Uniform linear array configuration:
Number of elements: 8
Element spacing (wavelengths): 1
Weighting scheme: kaiser
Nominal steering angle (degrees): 0
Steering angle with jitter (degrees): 0.5926
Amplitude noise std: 0.05
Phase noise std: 0.05

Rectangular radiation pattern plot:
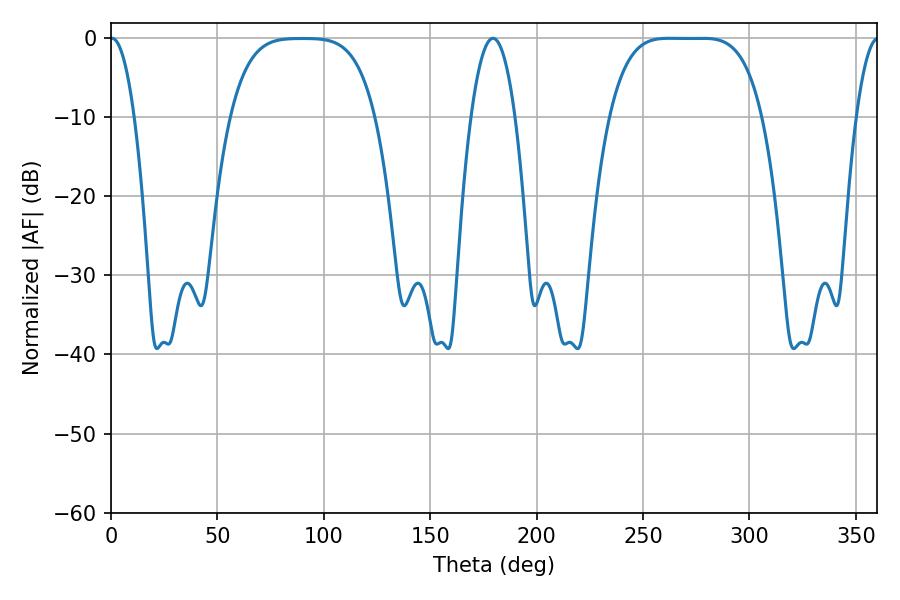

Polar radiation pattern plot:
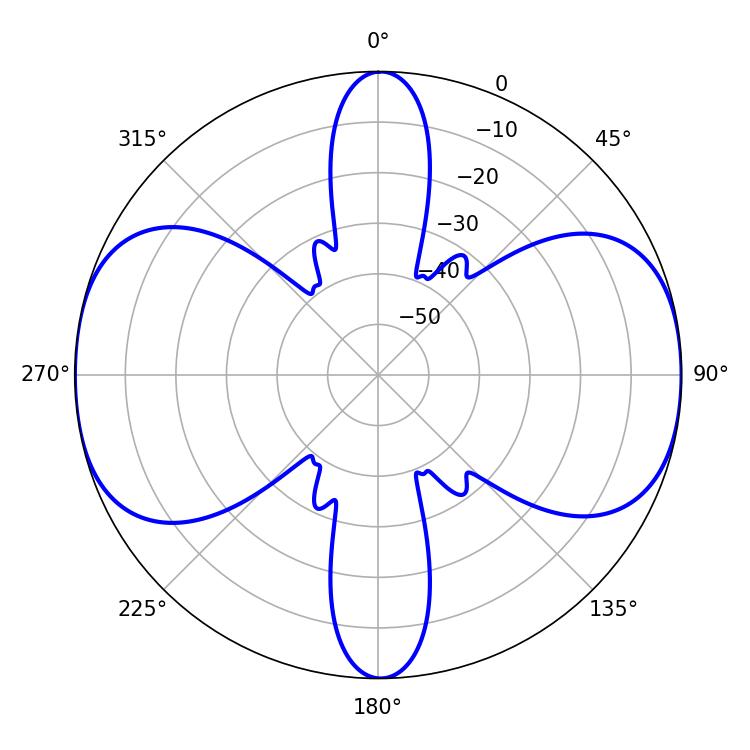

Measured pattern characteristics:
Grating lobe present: TRUE
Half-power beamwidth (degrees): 54
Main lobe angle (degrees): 262.44